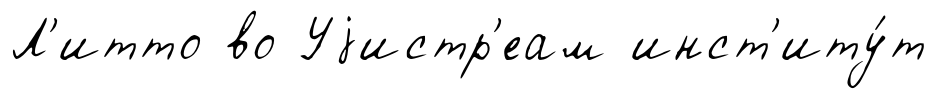
Л'итто во Уjистр'еам инст'иту́т